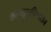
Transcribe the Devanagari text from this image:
कम्प्युटरविश्वातच